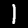
Digit: 1